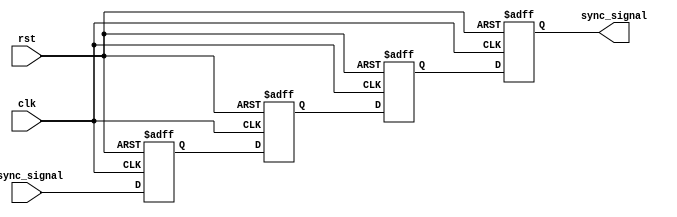
module triple_ff_synchronizer (
    input  wire async_signal,  // Asynchronous input signal
    input  wire clk,           // Clock signal from the receiving domain
    input  wire rst,           // Reset signal (optional)
    output reg  sync_signal    // Synchronized output signal
);

    // Internal signals for the flip-flops
    reg ff1, ff2, ff3;

    always @(posedge clk or posedge rst) begin
        if (rst) begin
            ff1 <= 1'b0;  // Initialize FF1 to 0 on reset
            ff2 <= 1'b0;  // Initialize FF2 to 0 on reset
            ff3 <= 1'b0;  // Initialize FF3 to 0 on reset
        end else begin
            ff1 <= async_signal;  // Sample async_signal into FF1
            ff2 <= ff1;           // Pass FF1 output to FF2
            ff3 <= ff2;           // Pass FF2 output to FF3
        end
    end

    // Final synchronized output
    always @(posedge clk or posedge rst) begin
        if (rst) begin
            sync_signal <= 1'b0;  // Initialize sync_signal to 0 on reset
        end else begin
            sync_signal <= ff3;    // Output the result from FF3
        end
    end

endmodule